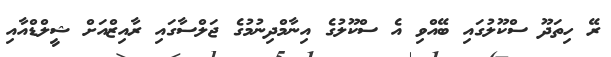
ރޭ ހިތަދޫ ސްކޫލުގައި ބޭއްވި އެ ސްކޫލުގެ އިނާމްދިނުމުގެ ޖަލްސާގައި ރާއިޒްއަށް ޝީލްޑްއާއި